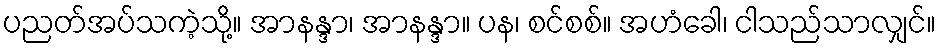
ပညတ်အပ်သကဲ့သို့။ အာနန္ဒာ၊ အာနန္ဒာ။ ပန၊ စင်စစ်။ အဟံခေါ၊ ငါသည်သာလျှင်။